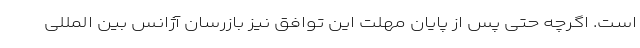
است. اگرچه حتی پس از پایان مهلت این توافق نیز بازرسان آژانس بین المللی